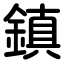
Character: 鎮